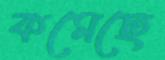
কমেছে